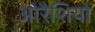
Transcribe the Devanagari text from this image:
ओरैशियो